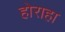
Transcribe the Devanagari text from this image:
होराहा